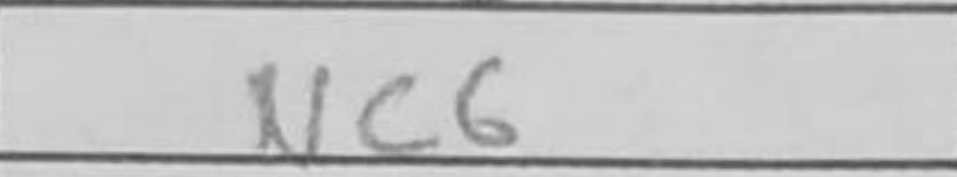
Transcription: Nc6